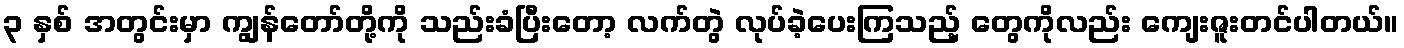
၃ နှစ် အတွင်းမှာ ကျွန်တော်တို့ကို သည်းခံပြီးတော့ လက်တွဲ လုပ်ခဲ့ပေးကြသည့် တွေကိုလည်း ကျေးဇူးတင်ပါတယ်။